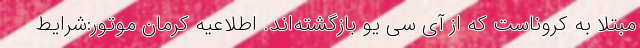
مبتلا به کروناست که از آی سی یو بازگشته‌اند. اطلاعیه کرمان موتور:شرایط